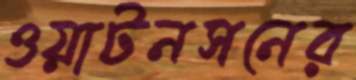
ওয়াটনসনের